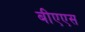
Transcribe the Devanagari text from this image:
बीएएस